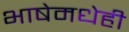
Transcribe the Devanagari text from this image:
भाषेमधेही